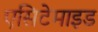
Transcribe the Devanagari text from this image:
एसिटेमाइड